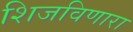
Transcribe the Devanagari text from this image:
शिजविणारा